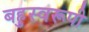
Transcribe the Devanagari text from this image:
बहुस्वरूपी